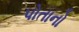
પોતાનો